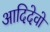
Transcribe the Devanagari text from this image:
आदिदेवो